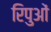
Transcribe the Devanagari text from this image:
रिपुओं